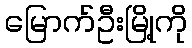
မြောက်ဦးမြို့ကို